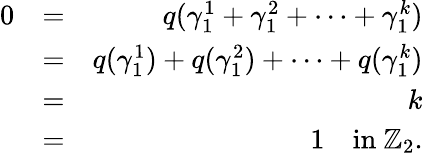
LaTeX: \begin{array}{rlr}{0}&{=}&{q(\gamma_{1}^{1}+\gamma_{1}^{2}+\cdots+\gamma_{1}^{k})}\\ &{=}&{q(\gamma_{1}^{1})+q(\gamma_{1}^{2})+\cdots+q(\gamma_{1}^{k})}\\ &{=}&{k}\\ &{=}&{1\quad\mathrm{in~}\mathbb{Z}_{2}.}\end{array}